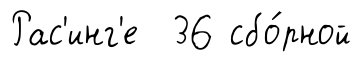
Рас'инг'е 36 сбо́рной